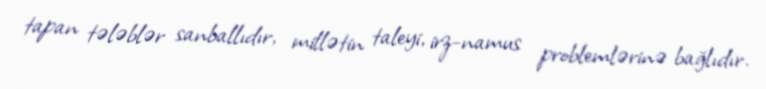
tapan tələblər sanballıdır, millətin taleyi, irz-namus problemlərinə bağlıdır.